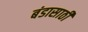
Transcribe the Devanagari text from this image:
बंडासाठी